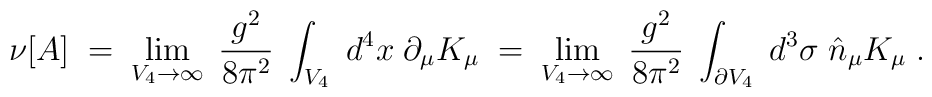
\nu[A] \; = \; \lim_{V_4 \rightarrow \infty} \; \frac{g^2}{8 \pi^2} \;\int_{V_4} \; d^4x \; \partial_\mu K_\mu \; = \;\lim_{V_4 \rightarrow \infty} \; \frac{g^2}{8 \pi^2} \;\int_{\partial V_4} \; d^3 \sigma \; \hat{n}_\mu K_\mu \; .